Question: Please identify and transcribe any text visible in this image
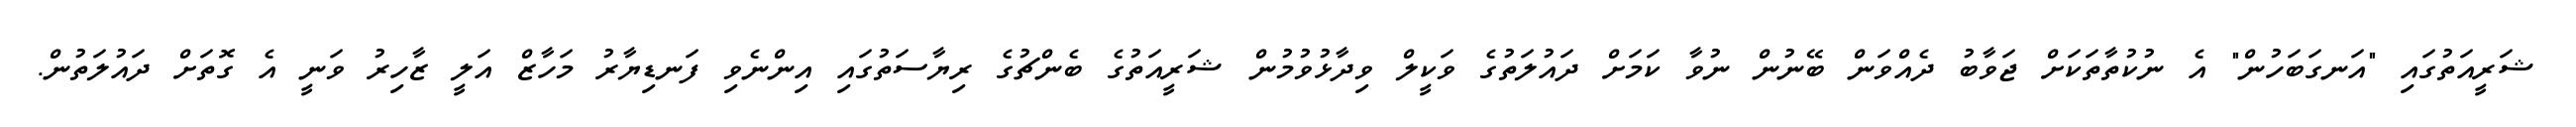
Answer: ޝަރީއަތުގައި "އަނގަބަހުން" އެ ނުކުތާތަކަށް ޖަވާބު ދެއްވަން ބޭނުން ނުވާ ކަމަށް ދައުލަތުގެ ވަކީލް ވިދާޅުވުމުން ޝަރީއަތުގެ ބެންޗުގެ ރިޔާސަތުގައި އިންނެވި ފަނޑިޔާރު މަހާޒް އަލީ ޒާހިރު ވަނީ އެ ގޮތަށް ދައުލަތުން.